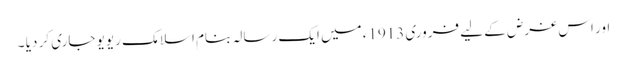
اور اس غرض کے لیے فروری 1913ء میں ایک رسالہ بنام اسلامک ریویو جاری کر دیا ۔